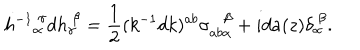
h ^ { - 1 } { } _ { \alpha } ^ { ~ \gamma } d h _ { \gamma } ^ { ~ \beta } = { \frac { 1 } { 2 } } ( k ^ { - 1 } d k ) ^ { a b } \sigma _ { a b \alpha } ^ { \beta } + i d a ( z ) \delta _ { \alpha } ^ { ~ \beta } .